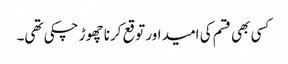
کسی بھی قسم کی امید اور توقع کرنا چھوڑ چکی تھی۔